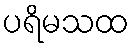
ပရိမသထ